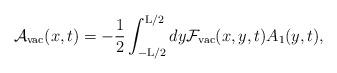
LaTeX: \begin{align*}{\cal A}_{\rm vac}(x,t) = - \frac{1}{2} \int_{-{\rm L}/2}^{{\rm L}/2}dy {\cal F}_{\rm vac}(x,y,t) A_1(y,t),\end{align*}